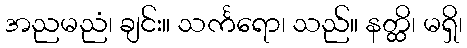
အညမညံ၊ ချင်း။ သင်္ကရော၊ သည်။ နတ္ထိ၊ မရှိ၊